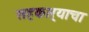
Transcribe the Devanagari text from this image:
सहकार्‍याचा